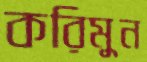
করিমুন